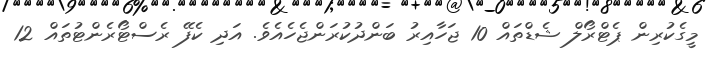
މީގެކުރިން ޕެޓްރޯލް ޝެޑްތައް 10 ޖަހާއިރު ބަންދުކުރަންޖެހެއެވެ. އަދި ކެފޭ ރެސްޓޯރެންޓުތައް 12